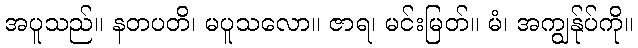
အပူသည်။ နတပတိ၊ မပူသလော။ ဇာရ၊ မင်းမြတ်။ မံ၊ အကျွန်ုပ်ကို။